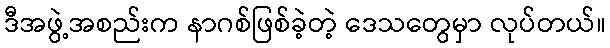
ဒီအဖွဲ့အစည်းက နာဂစ်ဖြစ်ခဲ့တဲ့ ဒေသတွေမှာ လုပ်တယ်။